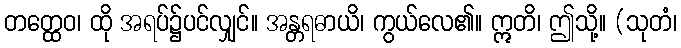
တတ္ထေဝ၊ ထို အရပ်၌ပင်လျှင်။ အန္တရဓာယိ၊ ကွယ်လေ၏။ ဣတိ၊ ဤသို့။ (သုတံ၊